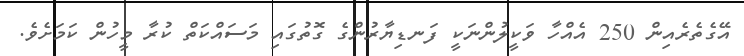
އޭގެތެރެއިން 250 އެއްހާ ވަކީލުންނަކީ ފަނޑިޔާރުންގެ ގޮތުގައި މަސައްކަތް ކުރާ މީހުން ކަމަށެވެ.